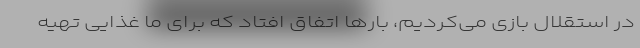
در استقلال بازی می‌کردیم، بارها اتفاق افتاد که برای ما غذایی تهیه